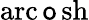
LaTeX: \operatorname{arc\mathsf{o}sh}